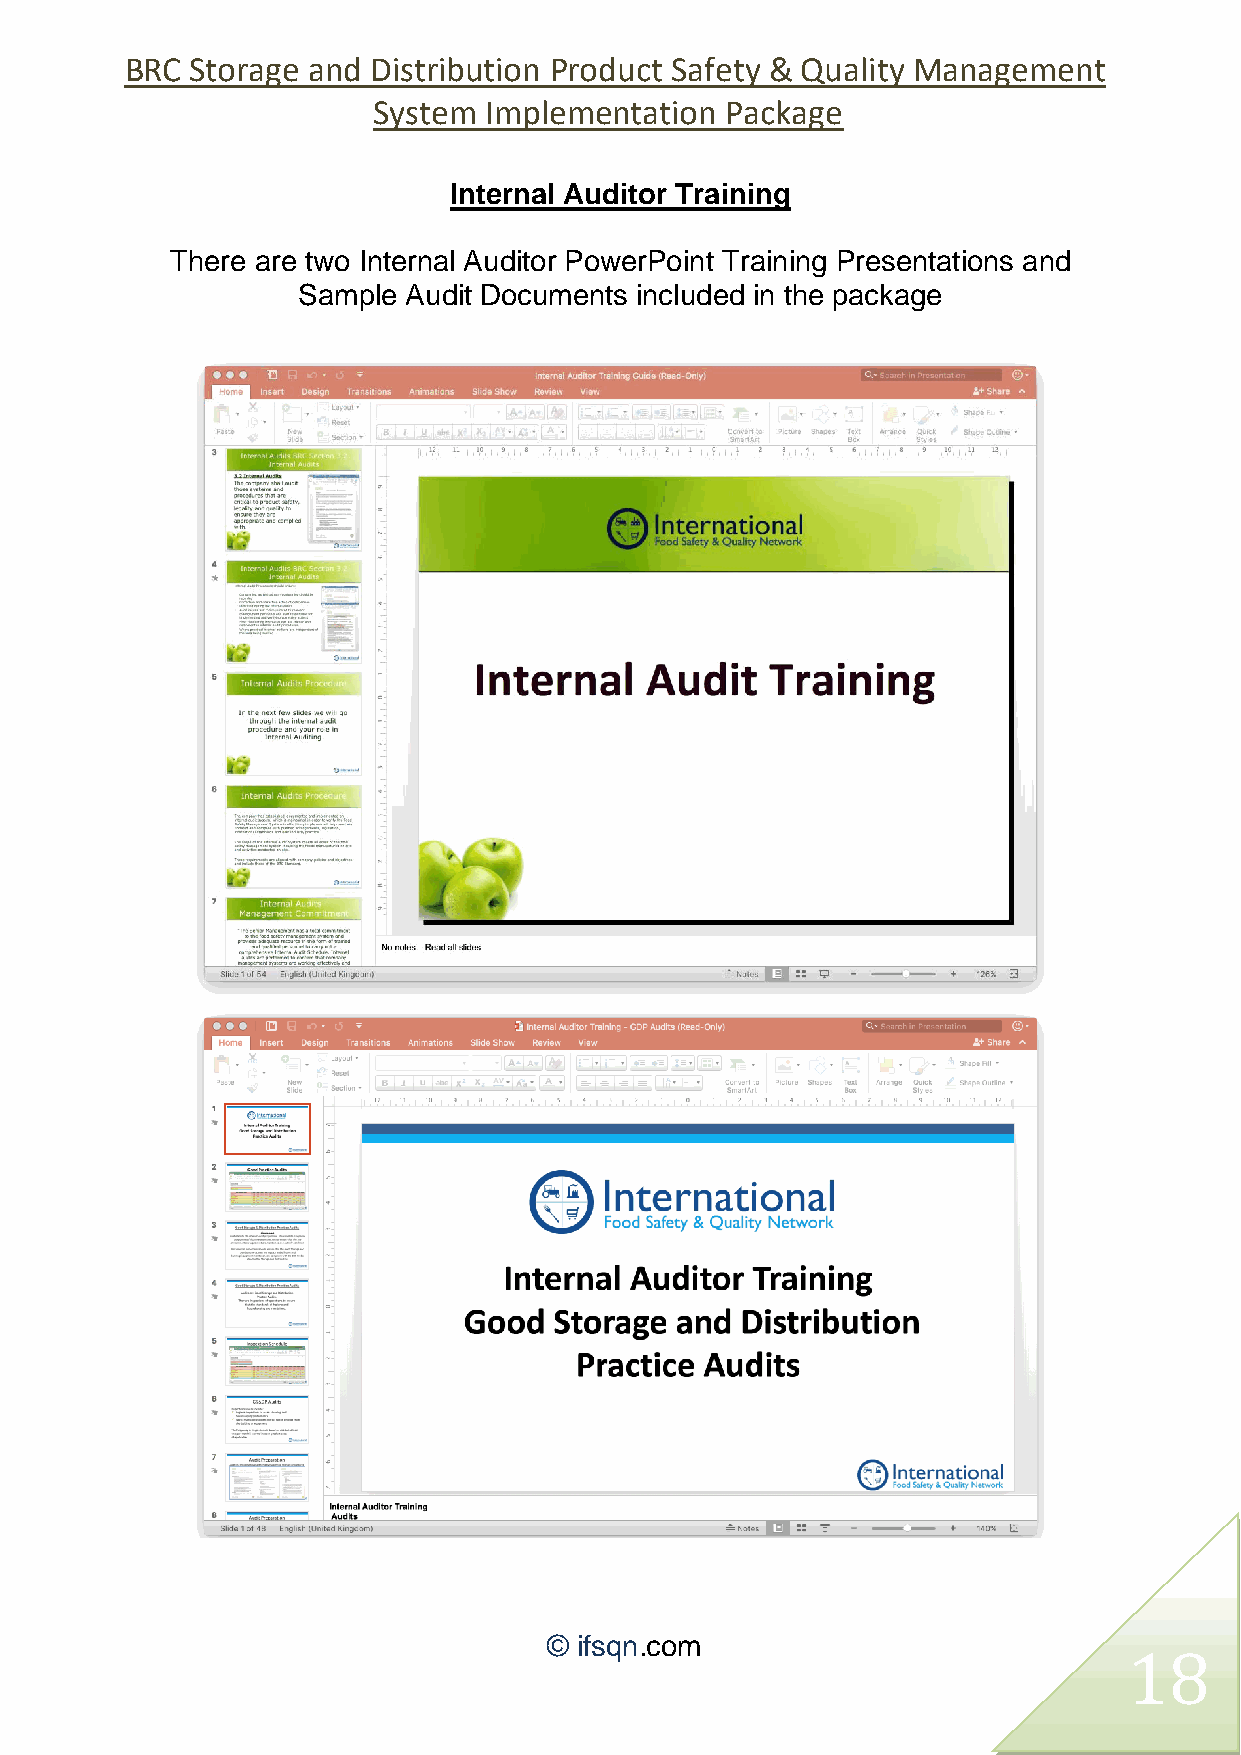
BRC  Storage and Distribution Product Safety & Quality Management
 System Implementation  Package
 Internal Auditor Training
 There are two Internal Auditor PowerPoint Training Presentations and
 Sample Audit Documents included in the package
 © ifsqn.com
 18